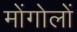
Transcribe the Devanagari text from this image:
मोंगोलों